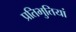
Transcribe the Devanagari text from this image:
प्रतिभुतियां